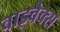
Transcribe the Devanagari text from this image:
वाइवैक्स